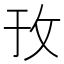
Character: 㪀